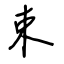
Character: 束